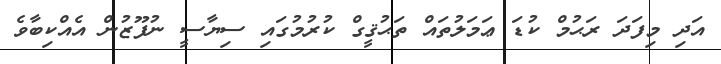
އަދި މިފަދަ ރަޙުމް ކުޑަ ޢަމަލުތައް ތަޙުޤީގް ކުރުމުގައި ސިޔާސީ ނުފޫޒުން އެއްކިބާވެ